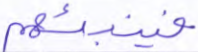
فينبئهم